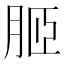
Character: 𦚟